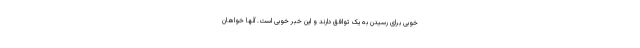
خوبی برای رسیدن به یک توافق دارند و این خبر خوبی است. آنها خواهان